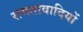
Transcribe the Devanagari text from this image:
समतावादियों